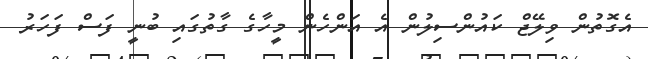
އެގޮތުން ވިލޭޖް ކައުންސިލުން އެ އަންހެން މީހާގެ ގާތުގައި ބުނީ ފަސް ފަހަރު